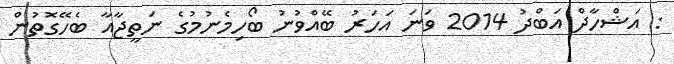
: އަޝްހާދް އަބްދު 2014 ވަނަ އަހަރު ބޭއްވުނު ބޯހިމެނުމުގެ ނަތީޖާއާ ބެހޭގޮތުން